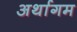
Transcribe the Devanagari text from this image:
अर्थागम